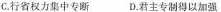
c行省权力集中专断 D.君主专制得以加强